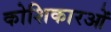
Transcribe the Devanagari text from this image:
कोशिकारओं